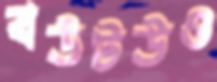
বউটউও